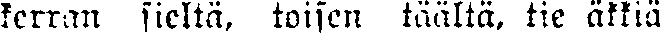
kerran sieltä, toisen täältä, tie äkkiä